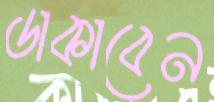
ডাকাবেন